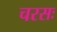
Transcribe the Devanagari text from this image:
चरसः